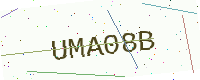
Text: UMA08B